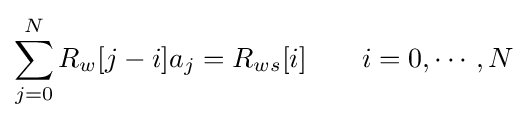
\sum _{j=0}^{N}R_{w}[j-i]a_{j}=R_{ws}[i]\qquad i=0,\cdots ,N